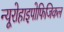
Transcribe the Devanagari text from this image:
न्यूरोहाइपोफिजिकल